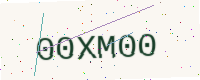
Text: 00XM00